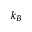
k _ { B }